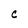
Character: C